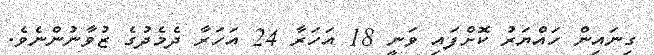
ގިނައިން ހައްޔަރު ކޮށްފައި ވަނީ 18 އަހަރާ 24 އަހަރާ ދެމެދުގެ ޒުވާނުންނެވެ.